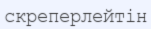
скреперлейтін